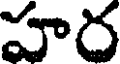
హర